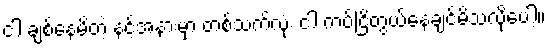
ငါ ချစ်နေမိတဲ့ နင့်အနားမှာ တစ်သက်လုံး ငါ ကပ်ငြိတွယ်နေချင်မိသလိုပေါ့။